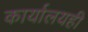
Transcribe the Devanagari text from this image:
कार्यालयही